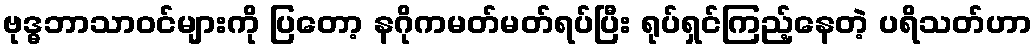
ဗုဒ္ဓဘာသာဝင်များကို ပြတော့ နဂိုကမတ်မတ်ရပ်ပြီး ရုပ်ရှင်ကြည့်နေတဲ့ ပရိသတ်ဟာ